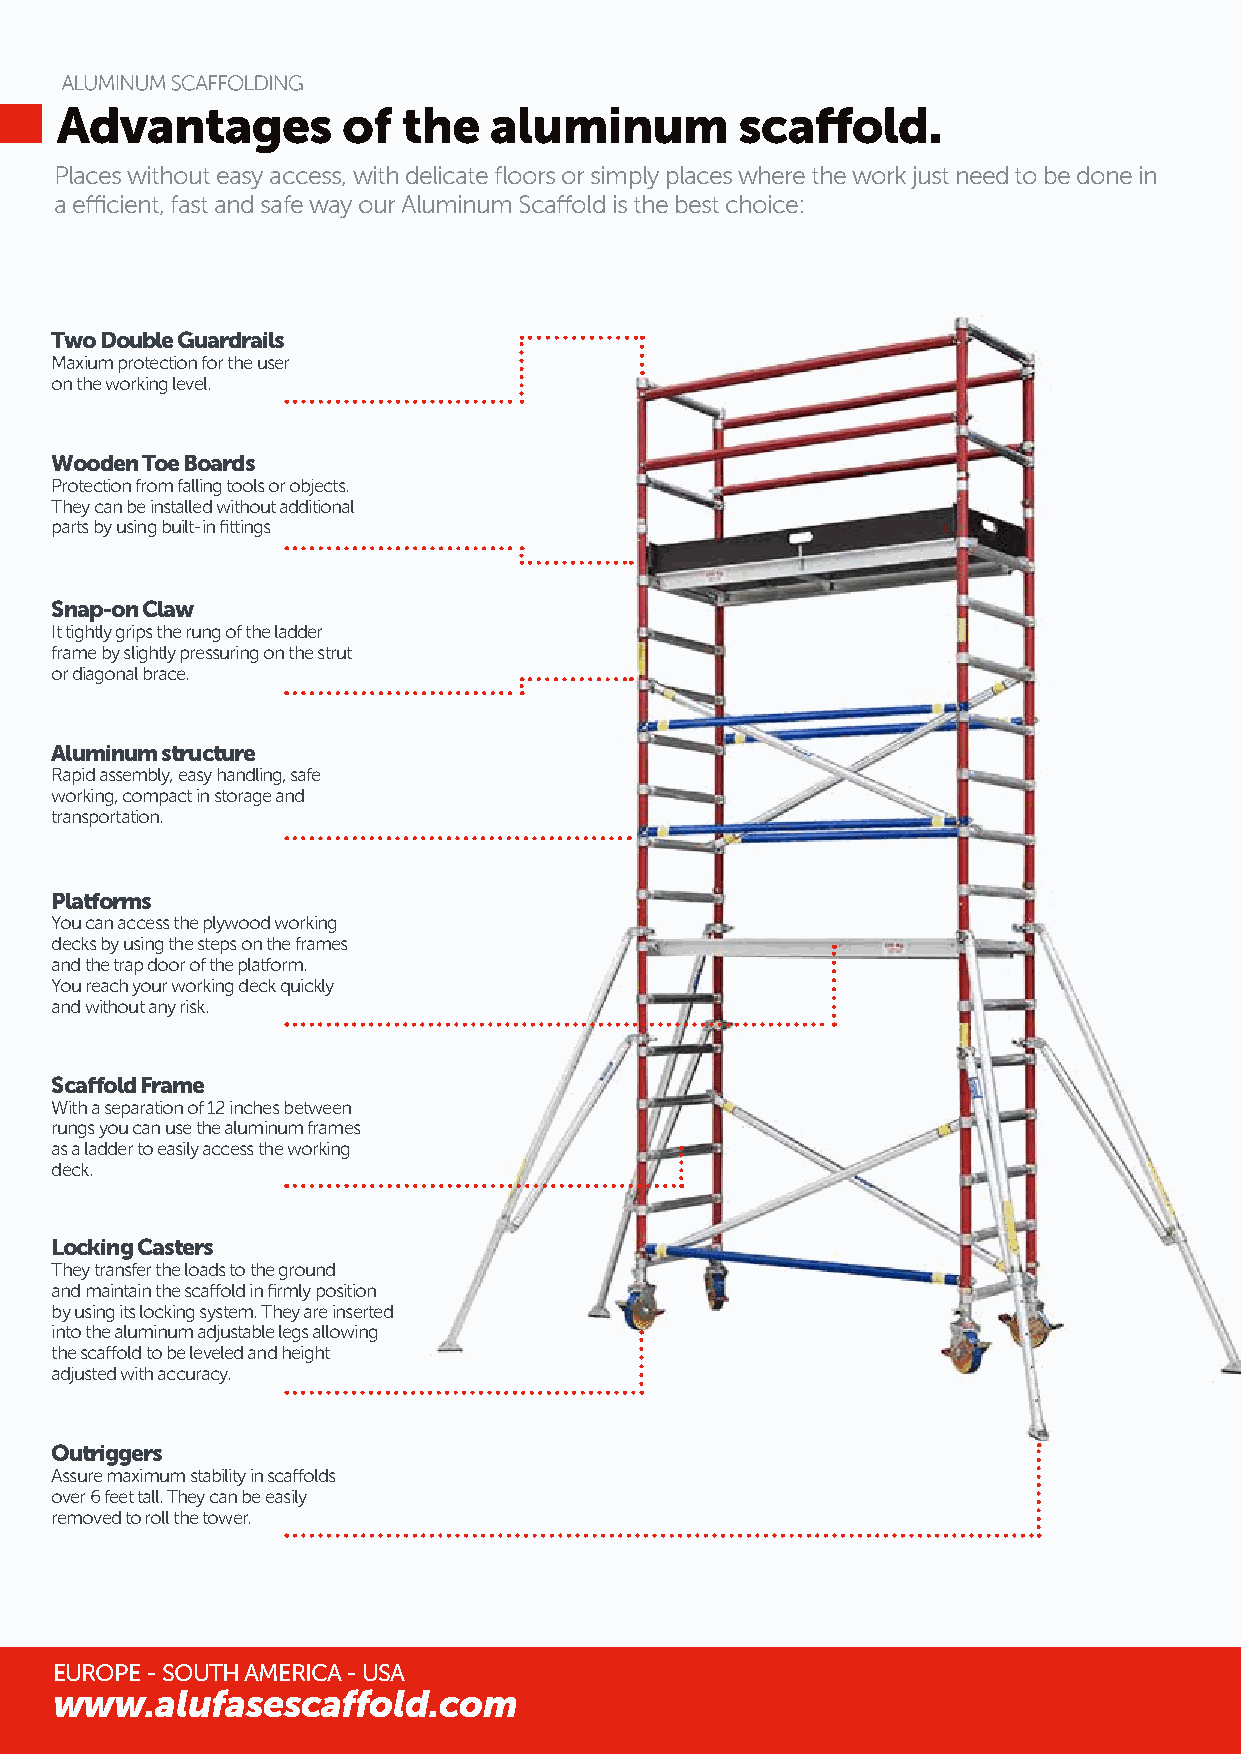
Advantages         of  the  aluminum         scaffold.
 Places without easy access, with delicate floors or simply places where the work just need to be done in
 a efficient, fast and safe way our Aluminum Scaffold is the best choice:
 Two Double Guardrails
 Maxium protection for the user
 on the working level.
 Wooden Toe Boards
 Protection from falling tools or objects.
 They can be installed without additional
 parts by using built-in fittings
 Snap-on Claw
 It tightly grips the rung of the ladder
 frame by slightly pressuring on the strut
 or diagonal brace.
 Aluminum structure
 Rapid assembly, easy handling, safe
 working, compact in storage and
 transportation.
 Platforms
 You can access the plywood working
 decks by using the steps on the frames
 and the trap door of the platform.
 You reach your working deck quickly
 and without any risk.
 Scaffold Frame
 With a separation of 12 inches between
 rungs you can use the aluminum frames
 as a ladder to easily access the working
 deck.
 Locking Casters
 They transfer the loads to the ground
 and maintain the scaffold in firmly position
 by using its locking system. They are inserted
 into the aluminum adjustable legs allowing
 the scaffold to be leveled and height
 adjusted with accuracy.
 Outriggers
 Assure maximum stability in scaffolds
 over 6 feet tall. They can be easily
 removed to roll the tower.
 EUROPE - SOUTH AMERICA - USA
 www.alufasescaffold.com